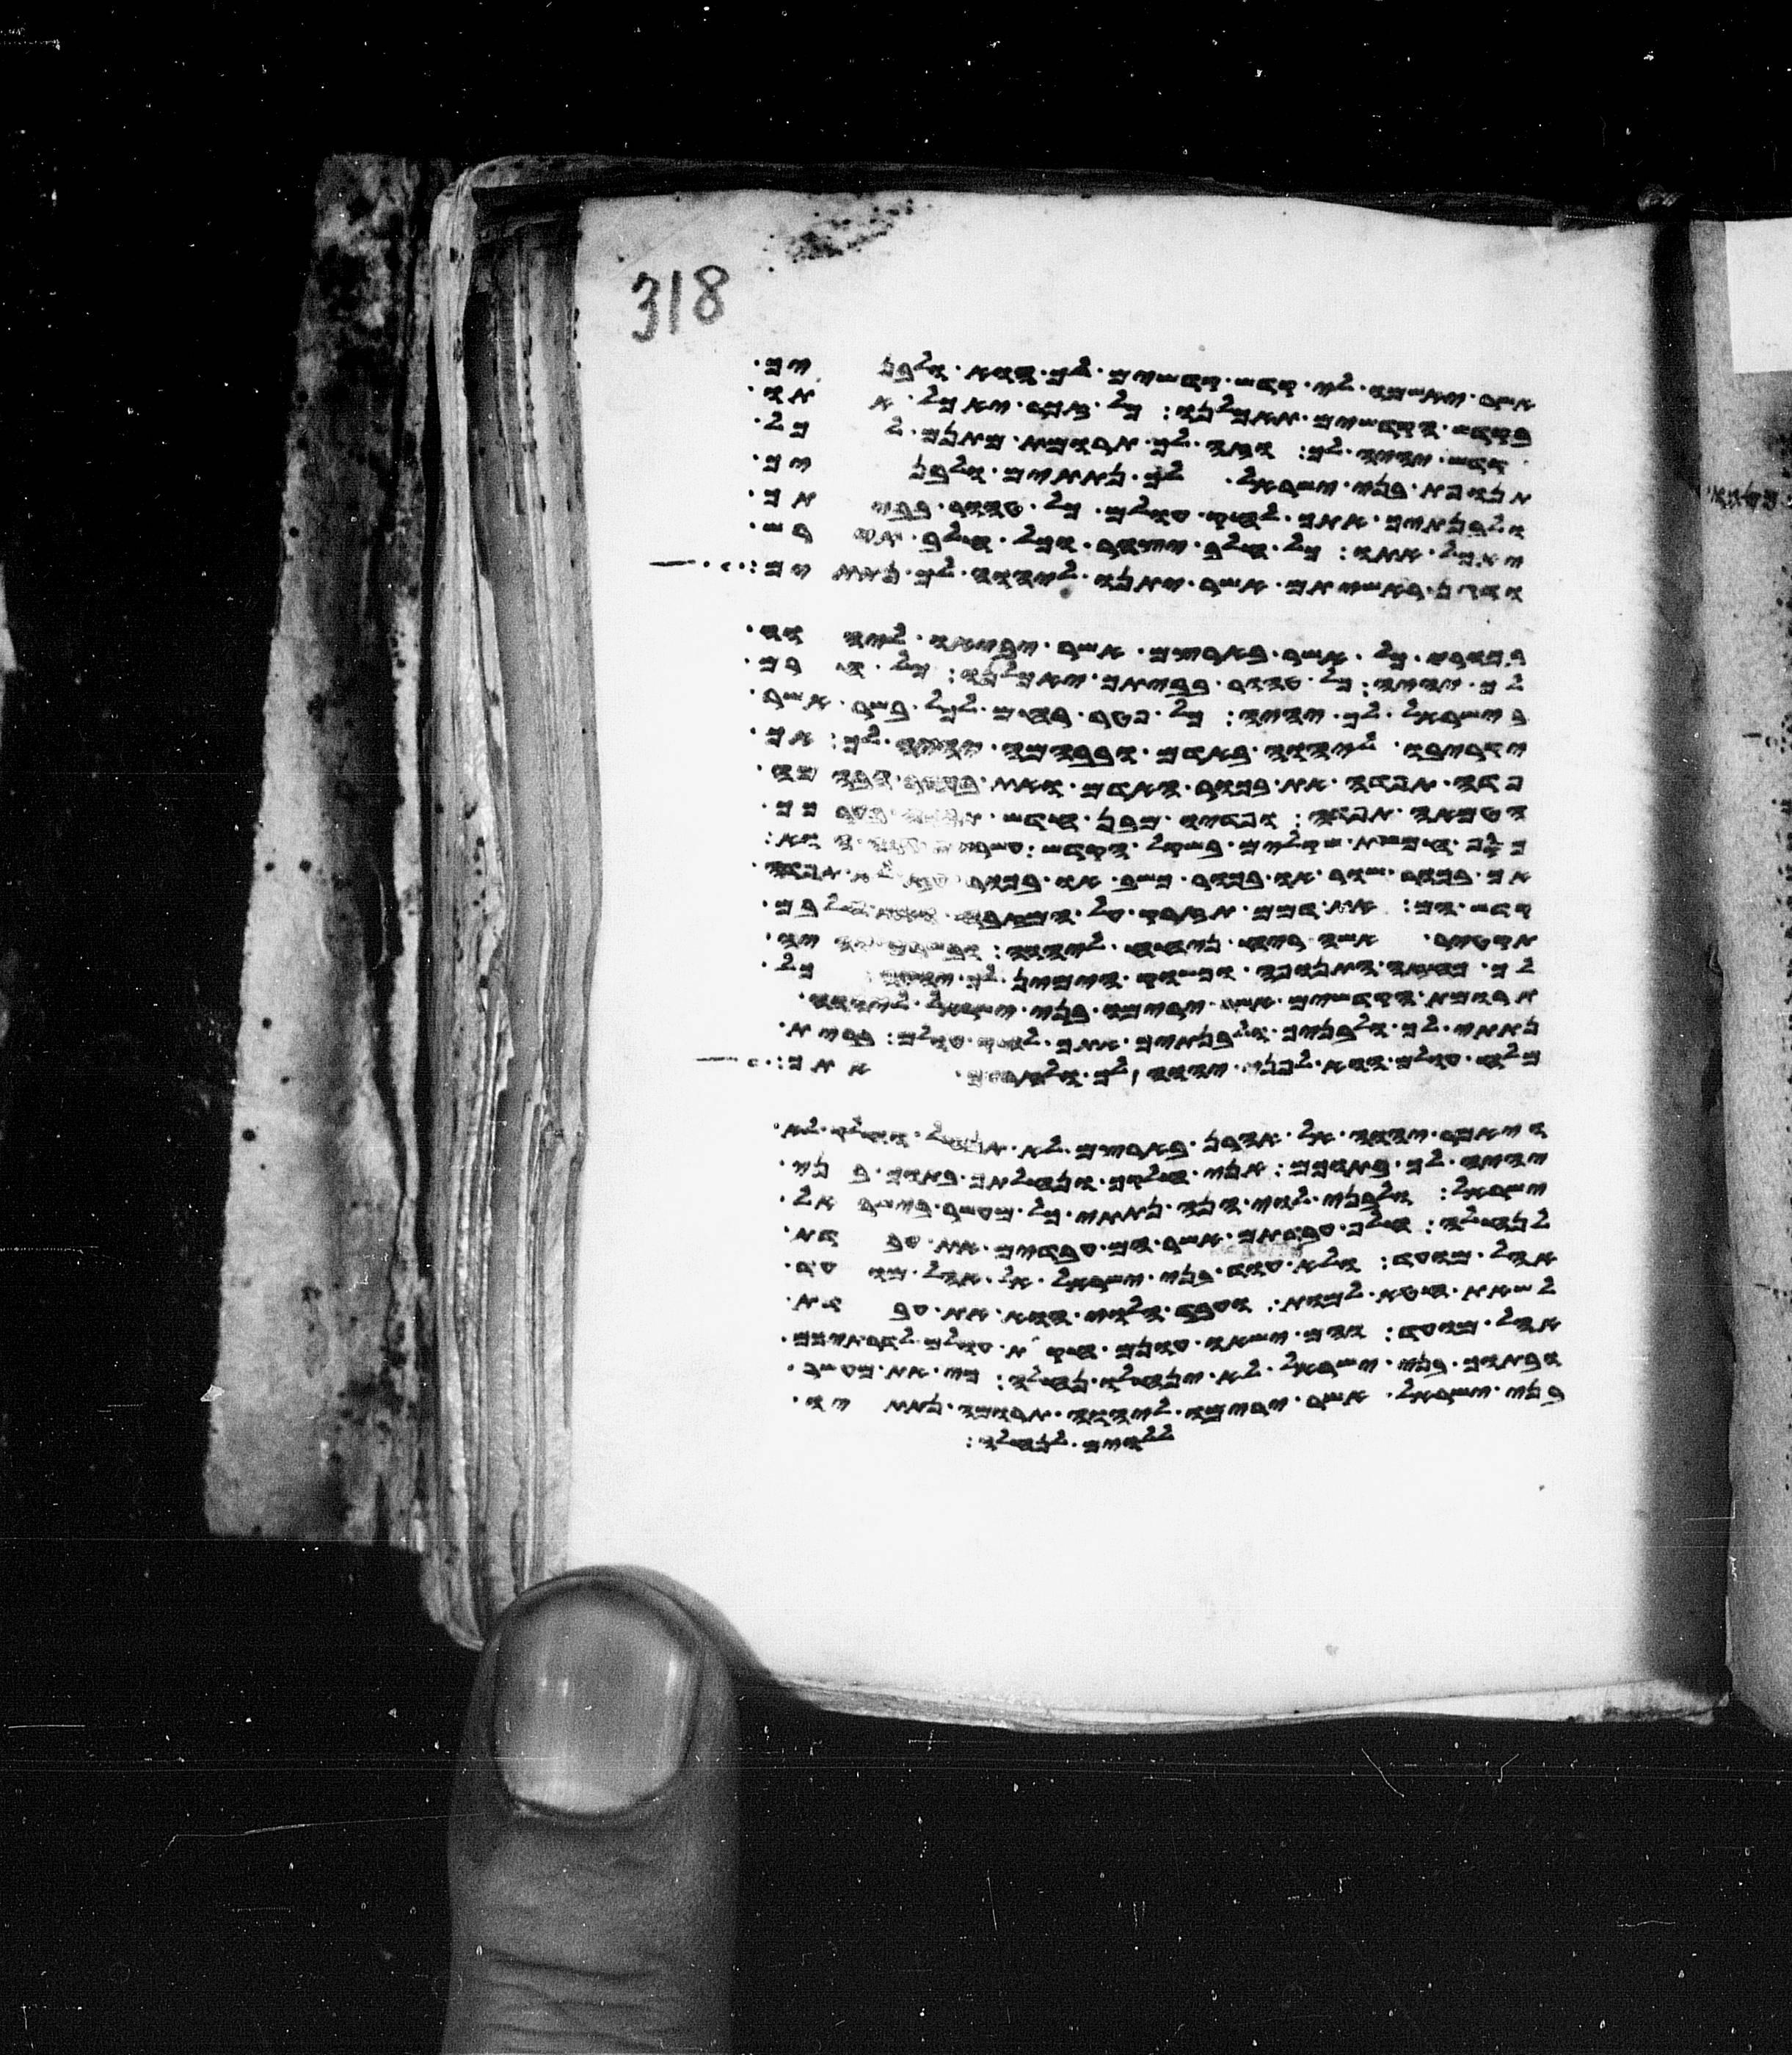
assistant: אשר יאשמו לי קדש קדשים לך הוא ולבניך
בקדש הקדשים תאכלנו כל זכר יאכל אתו
קדש יהיה לך וזה לך תרומת מתנם לכל
תנופת בני ישראל לך נתתים ולבניך
ולבנתיך אתך לחק עולם כל טהור בביתך
יאכל אתו כל חלב יצהר וכל חלב תירש
ודגן ראשיתם אשר יתנו ליהוה לך נתתים
בכורי כל אשר בארצם אשר יביאו ליהוה
לך יהיה כל טהור בביתך יאכלנו כל חרם
בישראל לך יהיה כל פטר רחם לכל בשר אשר
יקריבו ליהוה באדם ובבהמה יהיה לך אך
פדה תפדה את בכור האדם ואת בכור הבהמה
הטמאה תפדה ופדיו מבן חדש תפדה בערכך
כסף חמשת שקלים בשקל הקדש עשרים גרה הוא
אך בכור שור או בכור כשב או בכור עז לא תפדה
קדש הם את דמם תזרק על המזבח ואת חלבם
תקטיר אשה ריח ניחח ליהוה ובשרם יהיה
לך כחזה התנופה וכשוק הימין לך יהיה כל
תרומת הקדשים אשר ירימו בני ישראל ליהוה
נתתי לך ולבניך ולבנתיך אתך לחק עולם ברית
מלח עולם הוא לפני יהוה לך ולזרעך אתך
ויאמר יהוה אל אהרן בארצם לא תנחל וחלק לא
יהיה לך בתוכם אני חלקך ונחלתך בתוך בני
ישראל ולבני לוי הנה נתתי כל מעשר בישראל
לנחלה חלף עבדתם אשר הם עבדים את עבדת
אהל מועד ולא יקרבו עוד בני ישראל אל אהל מועד
לשאת חטא למות ועבד הלוי הוא את עבדת
אהל מועד והם ישאו עונם חקות עולם לדרתיכם
ובתוך בני ישראל לא ינחלו נחלה כי את מעשר
בני ישראל אשר ירימו ליהוה תרומה נתתיו
ללוים לנחלה